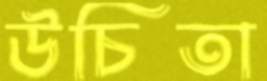
উচিতা